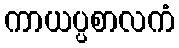
ကာယပ္ပစာလကံ